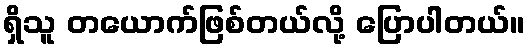
ရှိသူ တယောက်ဖြစ်တယ်လို့ ပြောပါတယ်။